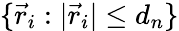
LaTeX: \{ \vec{r}_{i}:|\vec{r}_{i}|\leq d_{n}\}